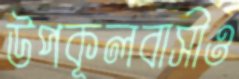
উপকূলবাসীও